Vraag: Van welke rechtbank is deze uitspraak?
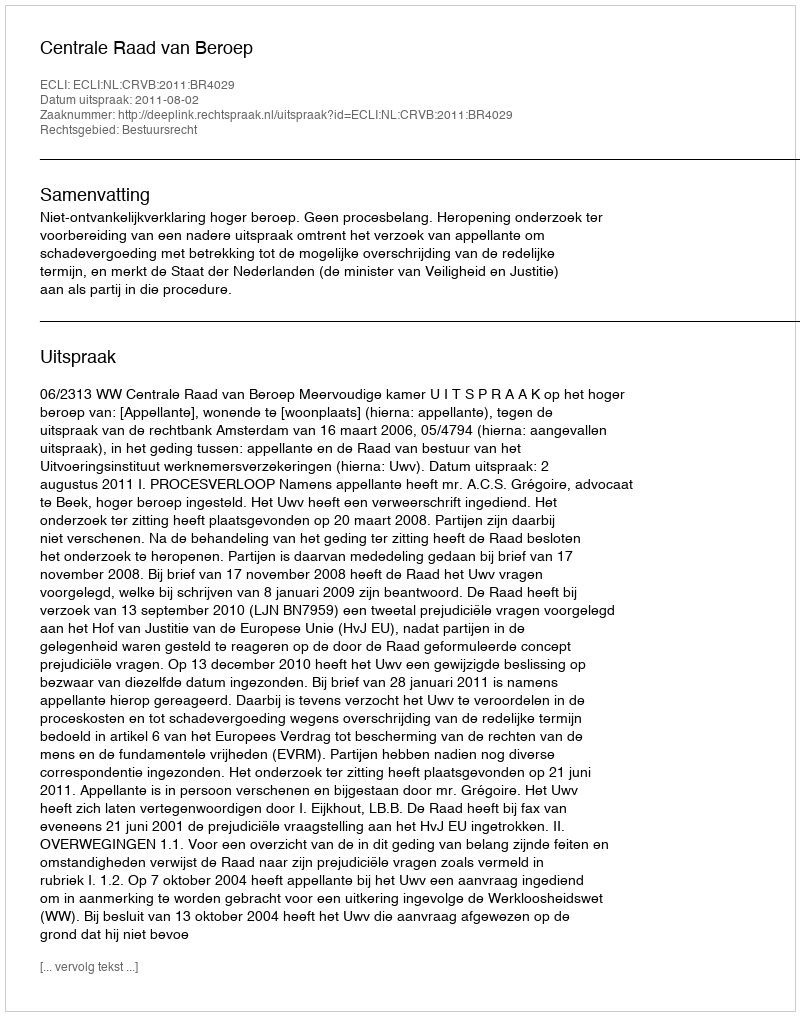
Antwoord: Centrale Raad van Beroep